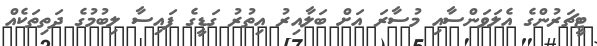
ޓީޗަރުންގެ އެލަވަންސާއި މުސާރަ އަށް ބަލާއިރު އިތުރު ގަޑީގެ ފައިސާ ލިބުމުގެ ދަތިތަކެއް